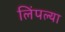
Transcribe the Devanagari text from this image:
लिंपल्या